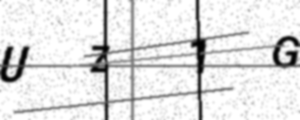
Text: UZ1G